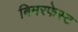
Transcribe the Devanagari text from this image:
बिमरफेस्ट